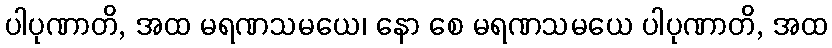
ပါပုဏာတိ, အထ မရဏသမယေ၊ နော စေ မရဏသမယေ ပါပုဏာတိ, အထ